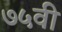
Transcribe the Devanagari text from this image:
७५वी